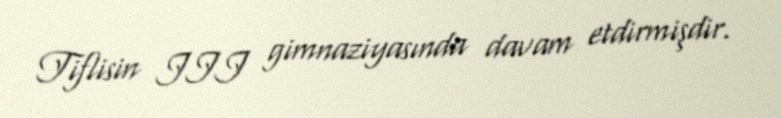
Tiflisin III gimnaziyasında davam etdirmişdir.